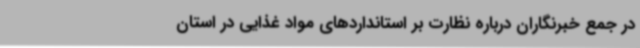
در جمع خبرنگاران درباره نظارت بر استانداردهای مواد غذایی در استان